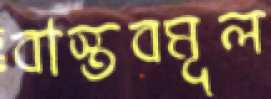
বাস্তবমূল